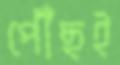
পৌঁছই